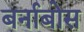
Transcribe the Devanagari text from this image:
बर्नाबोस